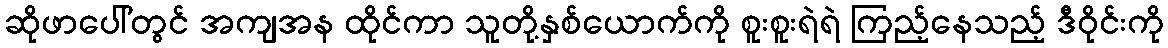
ဆိုဖာပေါ်တွင် အကျအန ထိုင်ကာ သူတို့နှစ်ယောက်ကို စူးစူးရဲရဲ ကြည့်နေသည့် ဒီဝိုင်းကို